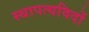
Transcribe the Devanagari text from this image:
स्थापत्यविदों